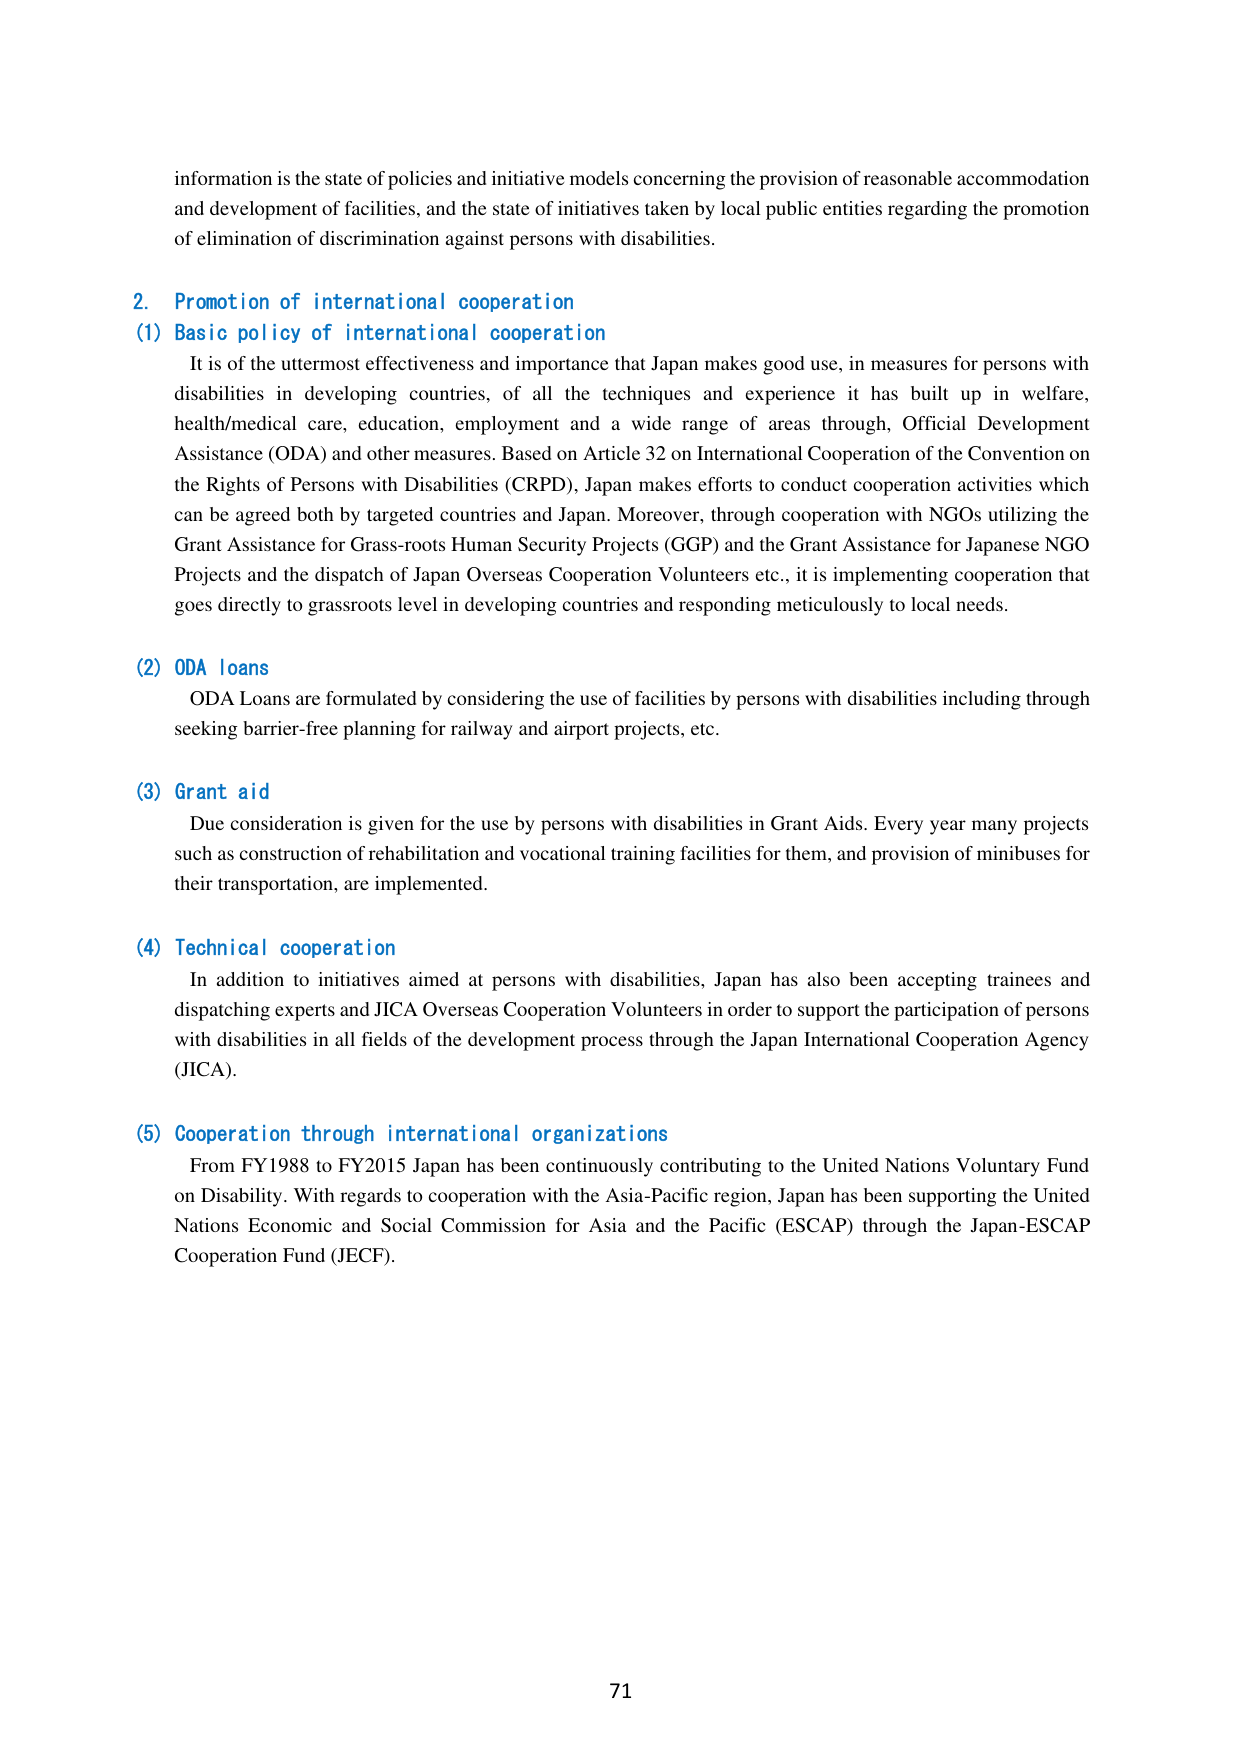
information is the state of policies and initiative models concerning the provision of reasonable accommodation and development of facilities, and the state of initiatives taken by local public entities regarding the promotion of elimination of discrimination against persons with disabilities.

2. Promotion of international cooperation
(1) Basic policy of international cooperation
It is of the uttermost effectiveness and importance that Japan makes good use, in measures for persons with disabilities in developing countries, of all the techniques and experience it has built up in welfare, health/medical care, education, employment and a wide range of areas through, Official Development Assistance (ODA) and other measures. Based on Article 32 on International Cooperation of the Convention on the Rights of Persons with Disabilities (CRPD), Japan makes efforts to conduct cooperation activities which can be agreed both by targeted countries and Japan. Moreover, through cooperation with NGOs utilizing the Grant Assistance for Grass-roots Human Security Projects (GGP) and the Grant Assistance for Japanese NGO Projects and the dispatch of Japan Overseas Cooperation Volunteers etc., it is implementing cooperation that goes directly to grassroots level in developing countries and responding meticulously to local needs.

(2) ODA loans
ODA Loans are formulated by considering the use of facilities by persons with disabilities including through seeking barrier-free planning for railway and airport projects, etc.

(3) Grant aid
Due consideration is given for the use by persons with disabilities in Grant Aids. Every year many projects such as construction of rehabilitation and vocational training facilities for them, and provision of minibuses for their transportation, are implemented.

(4) Technical cooperation
In addition to initiatives aimed at persons with disabilities, Japan has also been accepting trainees and dispatching experts and JICA Overseas Cooperation Volunteers in order to support the participation of persons with disabilities in all fields of the development process through the Japan International Cooperation Agency (JICA).

(5) Cooperation through international organizations
From FY1988 to FY2015 Japan has been continuously contributing to the United Nations Voluntary Fund on Disability. With regards to cooperation with the Asia-Pacific region, Japan has been supporting the United Nations Economic and Social Commission for Asia and the Pacific (ESCAP) through the Japan-ESCAP Cooperation Fund (JECF).

71